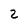
Character: 2